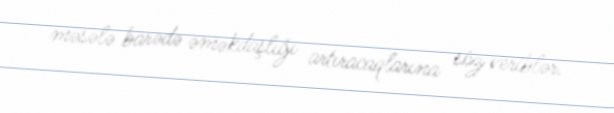
məsələ barədə əməkdaşlığı artıracaqlarına söz veriblər.